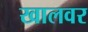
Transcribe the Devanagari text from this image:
खालवर